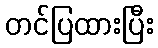
တင်ပြထားပြီး